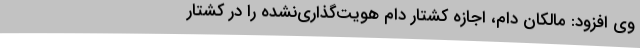
وی افزود: مالکان دام، اجازه کشتار دام هویت‌گذاری‌نشده را در کشتار